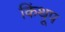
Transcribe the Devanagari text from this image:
किंथूप